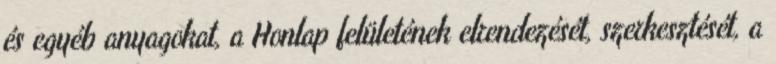
és egyéb anyagokat, a Honlap felületének elrendezését, szerkesztését, a